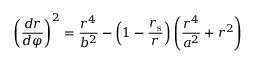
\left( { \frac { d r } { d \varphi } } \right) ^ { 2 } = { \frac { r ^ { 4 } } { b ^ { 2 } } } - \left( 1 - { \frac { r _ { \mathrm { { s } } } } { r } } \right) \left( { \frac { r ^ { 4 } } { a ^ { 2 } } } + r ^ { 2 } \right)